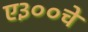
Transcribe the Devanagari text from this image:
ए३००चे